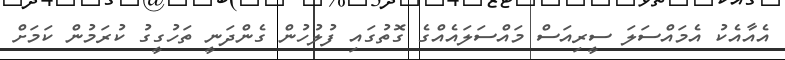
އެއާއެކު އެމައްސަލަ ސީރިއަސް މައްސަލައެއްގެ ގޮތުގައި ފުލުހުން ގެންދަނީ ތަހުގީގު ކުރަމުން ކަމަށް